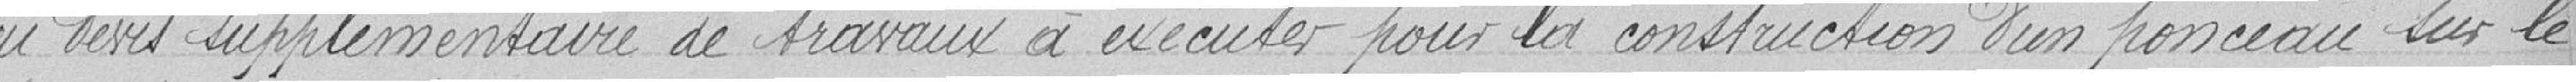
du devis supplémentaire de travaux à exécuter pour la construction d'un ponceau sur le